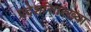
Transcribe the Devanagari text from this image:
प्रदेशांसारख्या